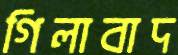
গিলাবাদ